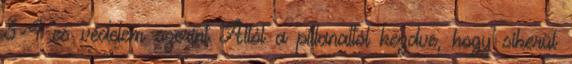
3-4-es védelem szerint Attól a pillanattól kezdve, hogy sikerül